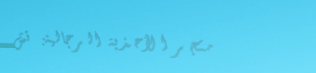
متجر الأحذية الرجالية: تش